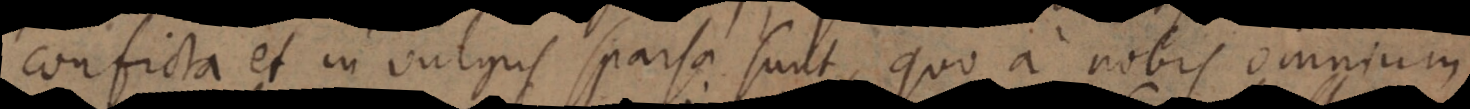
conficta et in vulgus sparsa sunt, quo a nobis omnium